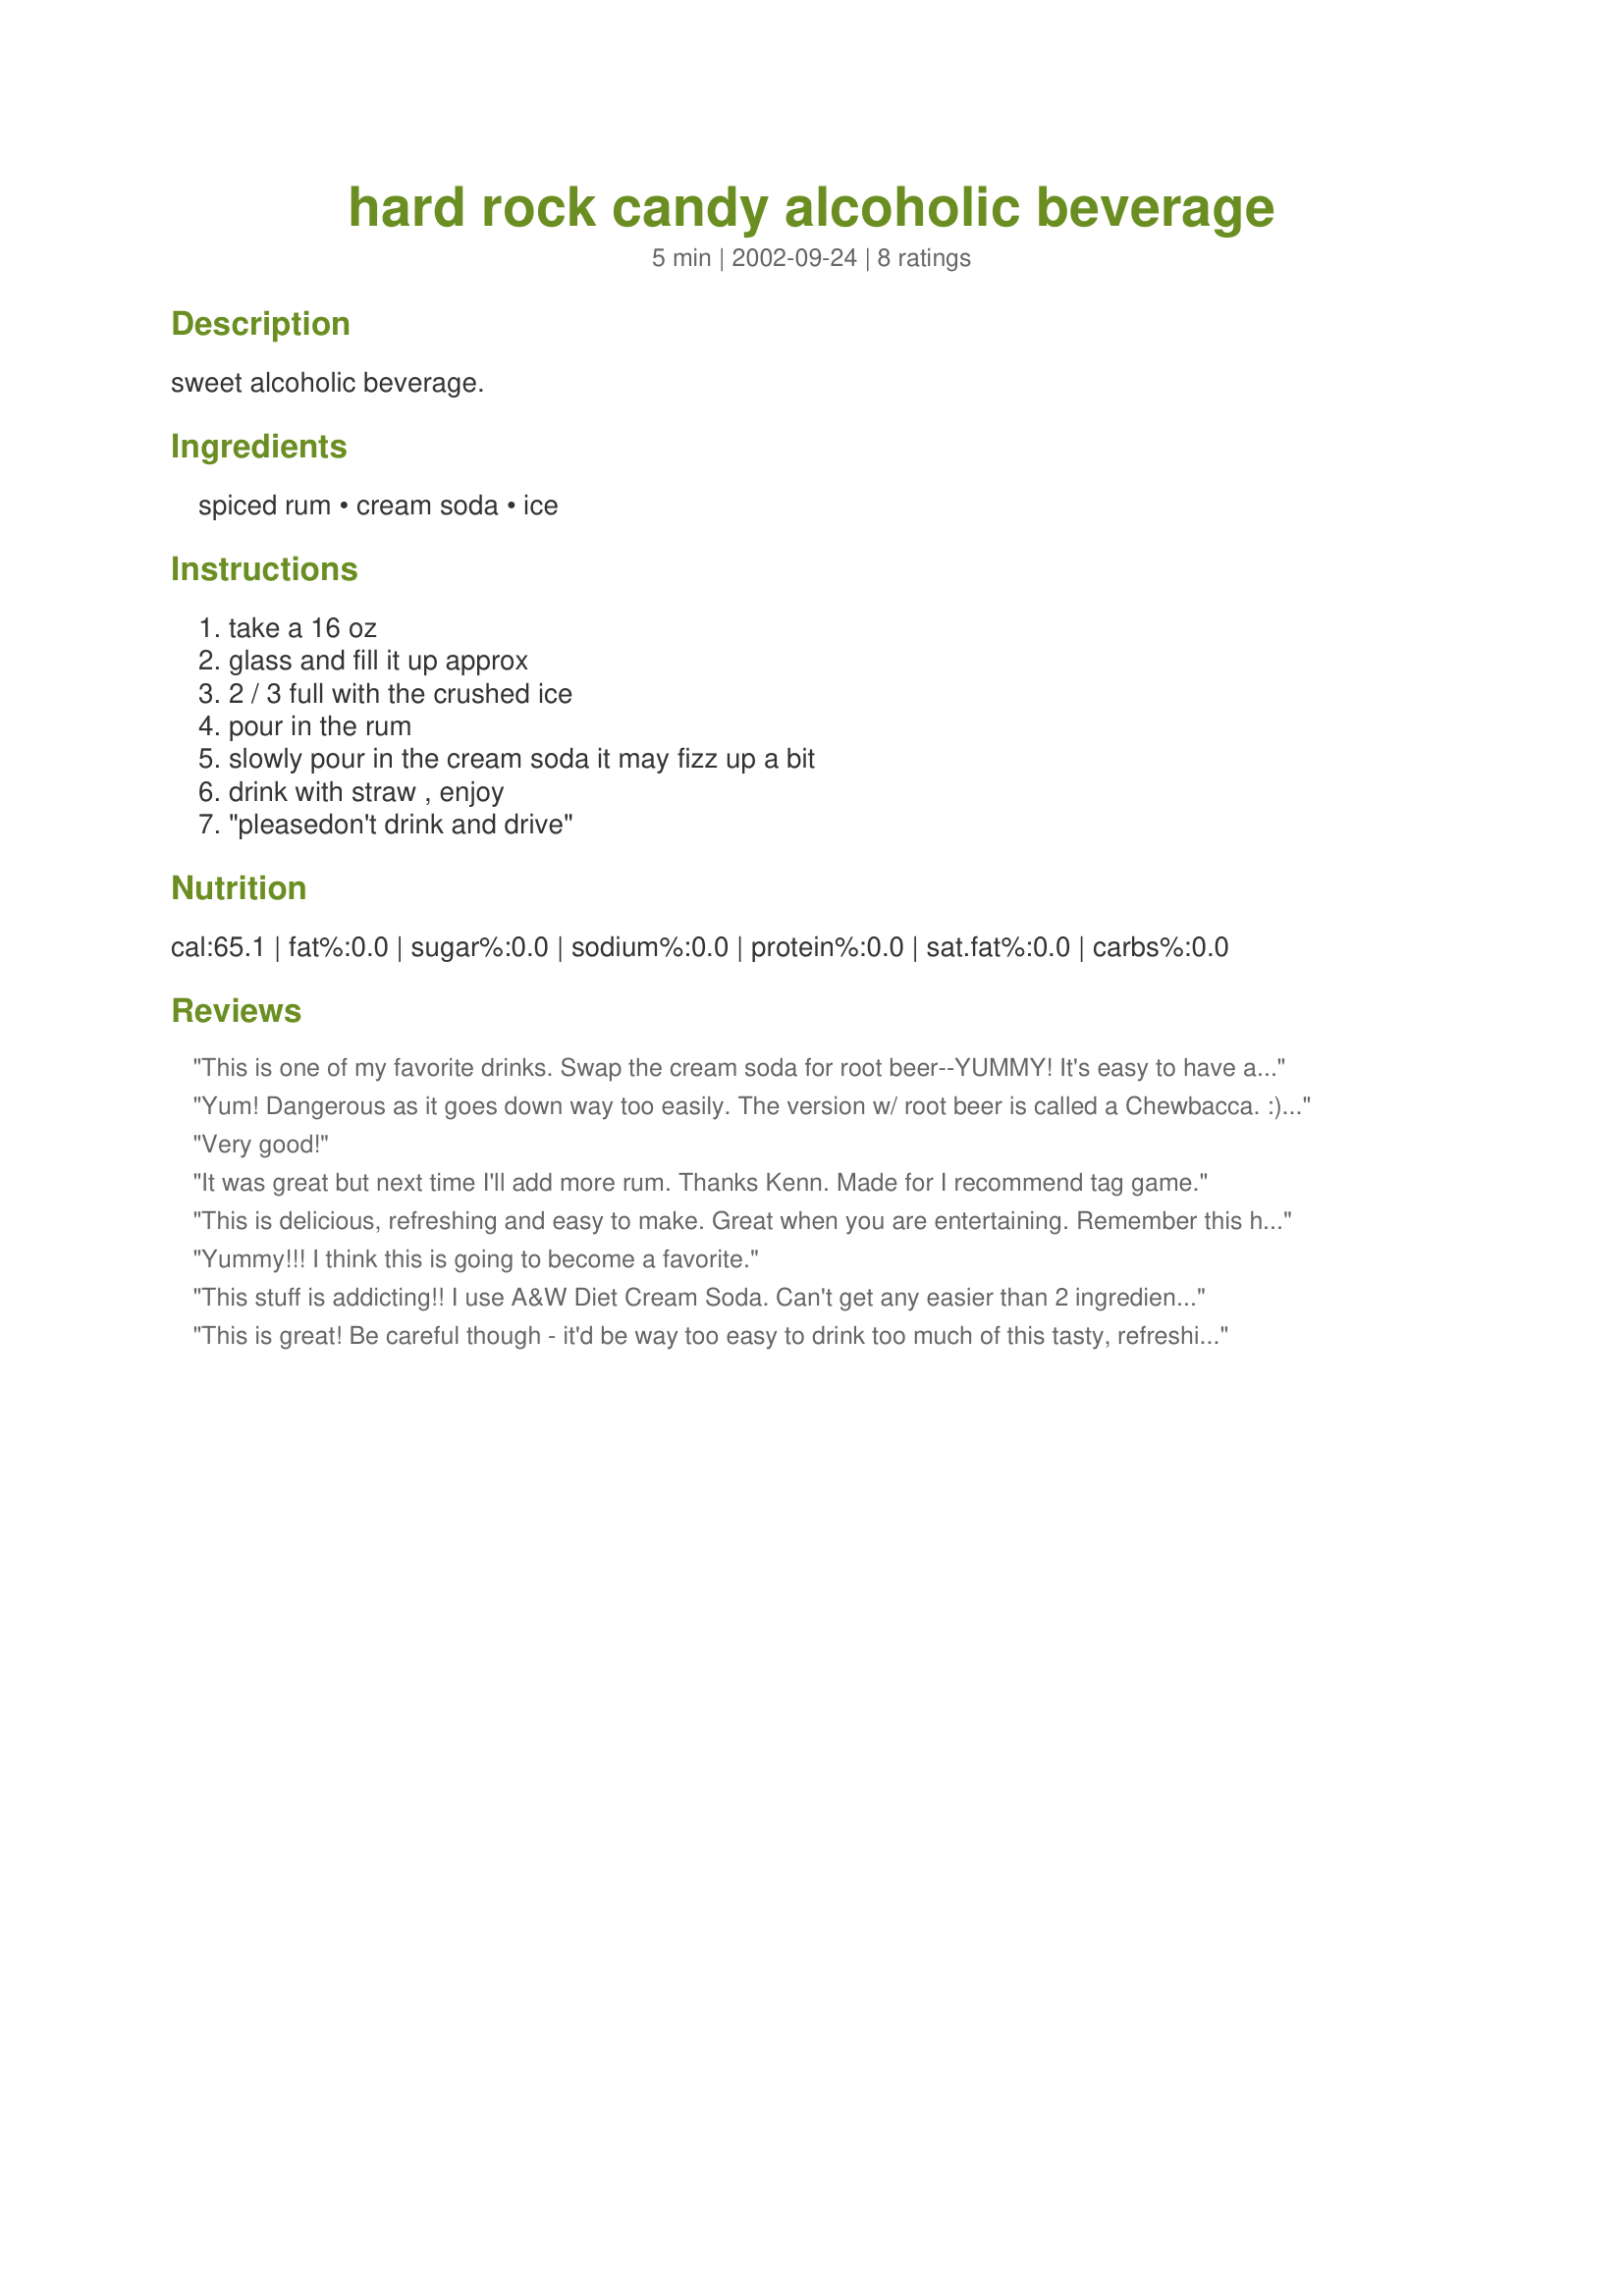
hard rock candy alcoholic beverage
Preparation time: 5 minutes

sweet alcoholic beverage.

Ingredients:
spiced rum, cream soda, ice

Steps:
take a 16 oz, glass and fill it up approx, 2 / 3 full with the crushed ice, pour in the rum, slowly pour in the cream soda it may fizz up a bit, drink with straw , enjoy, "pleasedon't drink and drive"

Reviews:
This is one of my favorite drinks. Swap the cream soda for root beer--YUMMY! It's easy to have a few too many of these!
Yum! Dangerous as it goes down way too easily. The version w/ root beer is called a Chewbacca. :) I prefer it with cream soda!
Very good!
It was great but next time I'll add more rum. Thanks Kenn. Made for I recommend tag game.
This is delicious, refreshing and easy to make. Great when you are entertaining. Remember this has alcohol, so be careful.
Yummy!!! I think this is going to become a favorite.
This stuff is addicting!! I use A&W Diet Cream Soda. Can't get any easier than 2 ingredients and a delicious, refreshing taste! Thanks for sharing, Kenn!
This is great! Be careful though - it'd be way too easy to drink too much of this tasty, refreshing drink!
